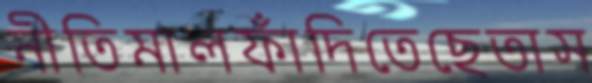
নীতিমালফাঁদিতেছেতাস